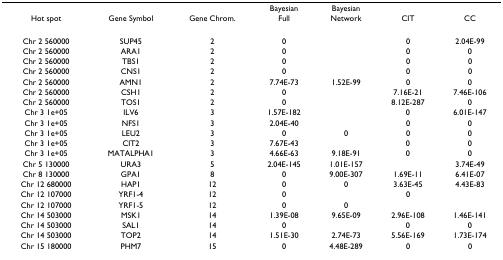
|  |  |  | Bayesian | Bayesian |  |  |
 | Hot spot | Gene Symbol | Gene Chrom. | Full | Network | CIT | CC |
 | --- | --- | --- | --- | --- | --- | --- |
 | Chr 2 560000 | SUP45 | 2 | 0 |  | 0 | 2.04E-99 |
 | Chr 2 560000 | ARA1 | 2 | 0 |  | 0 | 0 |
 | Chr 2 560000 | TBS1 | 2 | 0 |  | 0 | 0 |
 | Chr 2 560000 | CNS1 | 2 | 0 |  | 0 | 0 |
 | Chr 2 560000 | AMN1 | 2 | 7.74E-73 | 1.52E-99 | 0 | 0 |
 | Chr 2 560000 | CSH1 | 2 | 0 |  | 7.16E-21 | 7.46E-106 |
 | Chr 2 560000 | TOS1 | 2 | 0 |  | 8.12E-287 | 0 |
 | Chr 3 1e+05 | ILV6 | 3 | 1.57E-182 |  | 0 | 6.01E-147 |
 | Chr 3 1e+05 | NFS1 | 3 | 2.04E-40 |  | 0 | 0 |
 | Chr 3 1e+05 | LEU2 | 3 | 0 | 0 | 0 | 0 |
 | Chr 3 1e+05 | CIT2 | 3 | 7.67E-43 |  | 0 | 0 |
 | Chr 3 1e+05 | MATALPHA1 | 3 | 4.66E-63 | 9.18E-91 | 0 | 0 |
 | Chr 5 130000 | URA3 | 5 | 2.04E-145 | 1.01E-157 |  | 3.74E-49 |
 | Chr 8 130000 | GPA1 | 8 | 0 | 9.00E-307 | 1.69E-11 | 6.41E-07 |
 | Chr 12 680000 | HAP1 | 12 | 0 | 0 | 3.63E-45 | 4.43E-83 |
 | Chr 12 107000 | YRF1-4 | 12 | 0 |  | 0 |  |
 | Chr 12 107000 | YRF1-5 | 12 | 0 | 0 |  |  |
 | Chr 14 503000 | MSK1 | 14 | 1.39E-08 | 9.65E-09 | 2.96E-108 | 1.46E-141 |
 | Chr 14 503000 | SAL1 | 14 | 0 |  | 0 | 0 |
 | Chr 14 503000 | TOP2 | 14 | 1.51E-30 | 2.74E-73 | 5.56E-169 | 1.73E-174 |
 | Chr 15 180000 | PHM7 | 15 | 0 | 4.48E-289 | 0 | 0 |